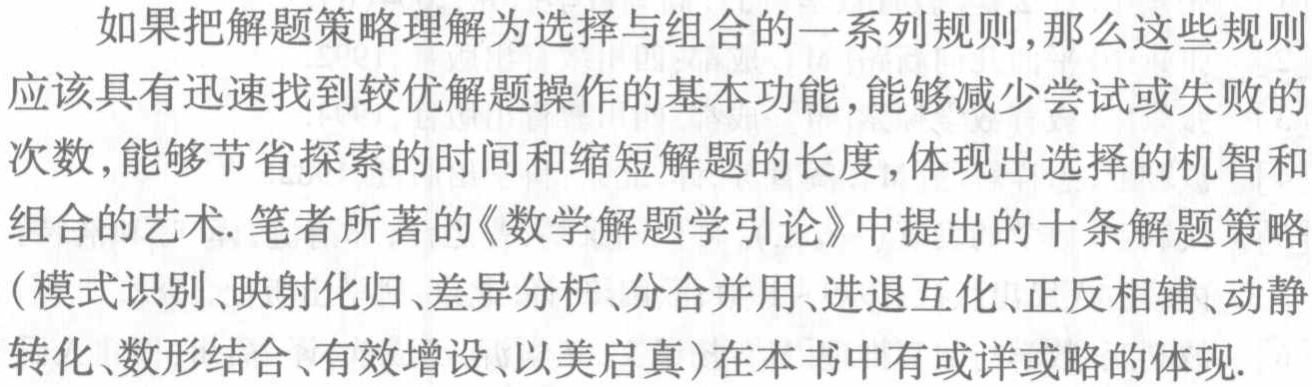
如果把解题策略理解为选择与组合的一系列规则,那么这些规则应该具有迅速找到较优解题操作的基本功能,能够减少尝试或失败的次数,能够节省探索的时间和缩短解题的长度,体现出选择的机智和组合的艺术. 笔者所著的《数学解题学引论》中提出的十条解题策略（模式识别、映射化归、差异分析、分合并用、进退互化、正反相辅、动静转化、数形结合、有效增设、以美启真）在本书中有或详或略的体现.